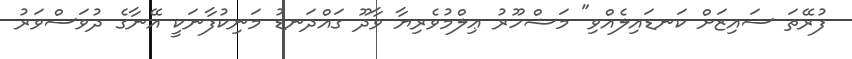
ފުރޭތަ ސައިޒަށް ކަނޑައިލެއްވި" މަޝްހޫރު ޢިލްމުވެރިޔާ ވާދޫ ގައްދަނޑު މަނިކުފާނަކީ އޭނާގެ ދުވަސްވަރު